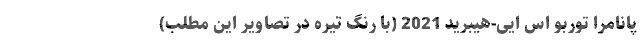
پانامرا توربو اس ایی-هیبرید 2021 (با رنگ تیره در تصاویر این مطلب)